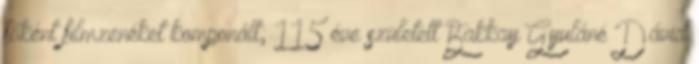
főként filmzenéket komponált; 115 éve született Bakkay Gyuláné Dávid